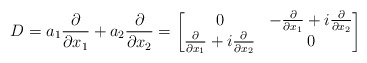
\begin{align*}D=a_1 \frac{\partial}{\partial x_1}+a_2 \frac{\partial}{\partial x_2}=\begin{bmatrix}0&-\frac{\partial}{\partial x_1}+i \frac{\partial}{\partial x_2}\\\frac{\partial}{\partial x_1}+i \frac{\partial}{\partial x_2}&0\end{bmatrix}\end{align*}